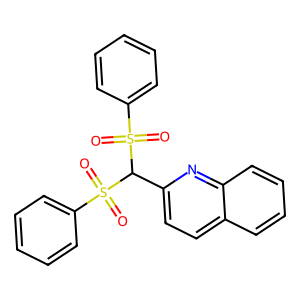
SMILES: O=S(=O)(c1ccccc1)C(c1ccc2ccccc2n1)S(=O)(=O)c1ccccc1
Inhibits HIV replication: No